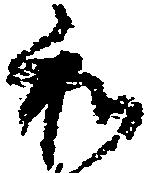
和